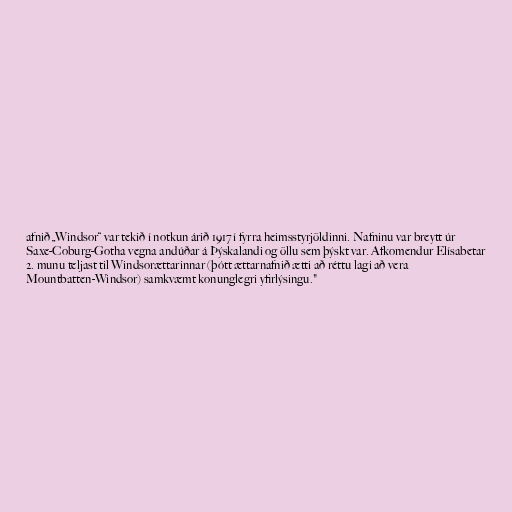
afnið „Windsor“ var tekið í notkun árið 1917 í fyrra heimsstyrjöldinni. Nafninu var breytt úr
Saxe-Coburg-Gotha vegna andúðar á Þýskalandi og öllu sem þýskt var. Afkomendur Elísabetar
2. munu teljast til Windsorættarinnar (þótt ættarnafnið ætti að réttu lagi að vera
Mountbatten-Windsor) samkvæmt konunglegri yfirlýsingu."